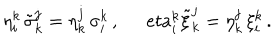
LaTeX: \eta _ { i } ^ { k } \, \tilde { \sigma } _ { k } ^ { j } = \eta _ { k } ^ { j } \, \sigma _ { i } ^ { k } \, , \ \, e t a _ { i } ^ { k } \tilde { \xi } _ { k } ^ { j } = \eta _ { k } ^ { j } \, \xi _ { i } ^ { k } \, .